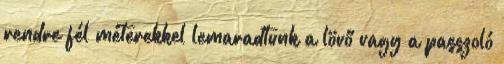
rendre fél méterekkel lemaradtunk a lövő vagy a passzoló